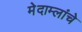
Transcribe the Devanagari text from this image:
मेदाम्लांचे